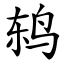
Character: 鸫